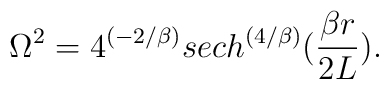
\Omega^2 = 4^{(-2/\beta)}sech^{\left({4/\beta}\right)}({{\beta r} \over {2L}}).